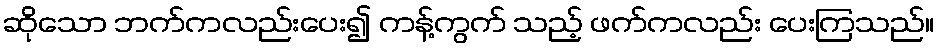
ဆိုသော ဘက်ကလည်းပေး၍ ကန့်ကွက် သည့် ဖက်ကလည်း ပေးကြသည်။